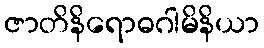
ဇာတိနိရောဓဂါမိနိယာ